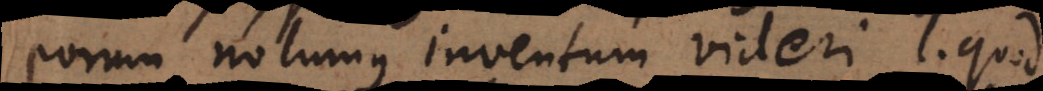
eorum nolumus inventum videri, l. quod